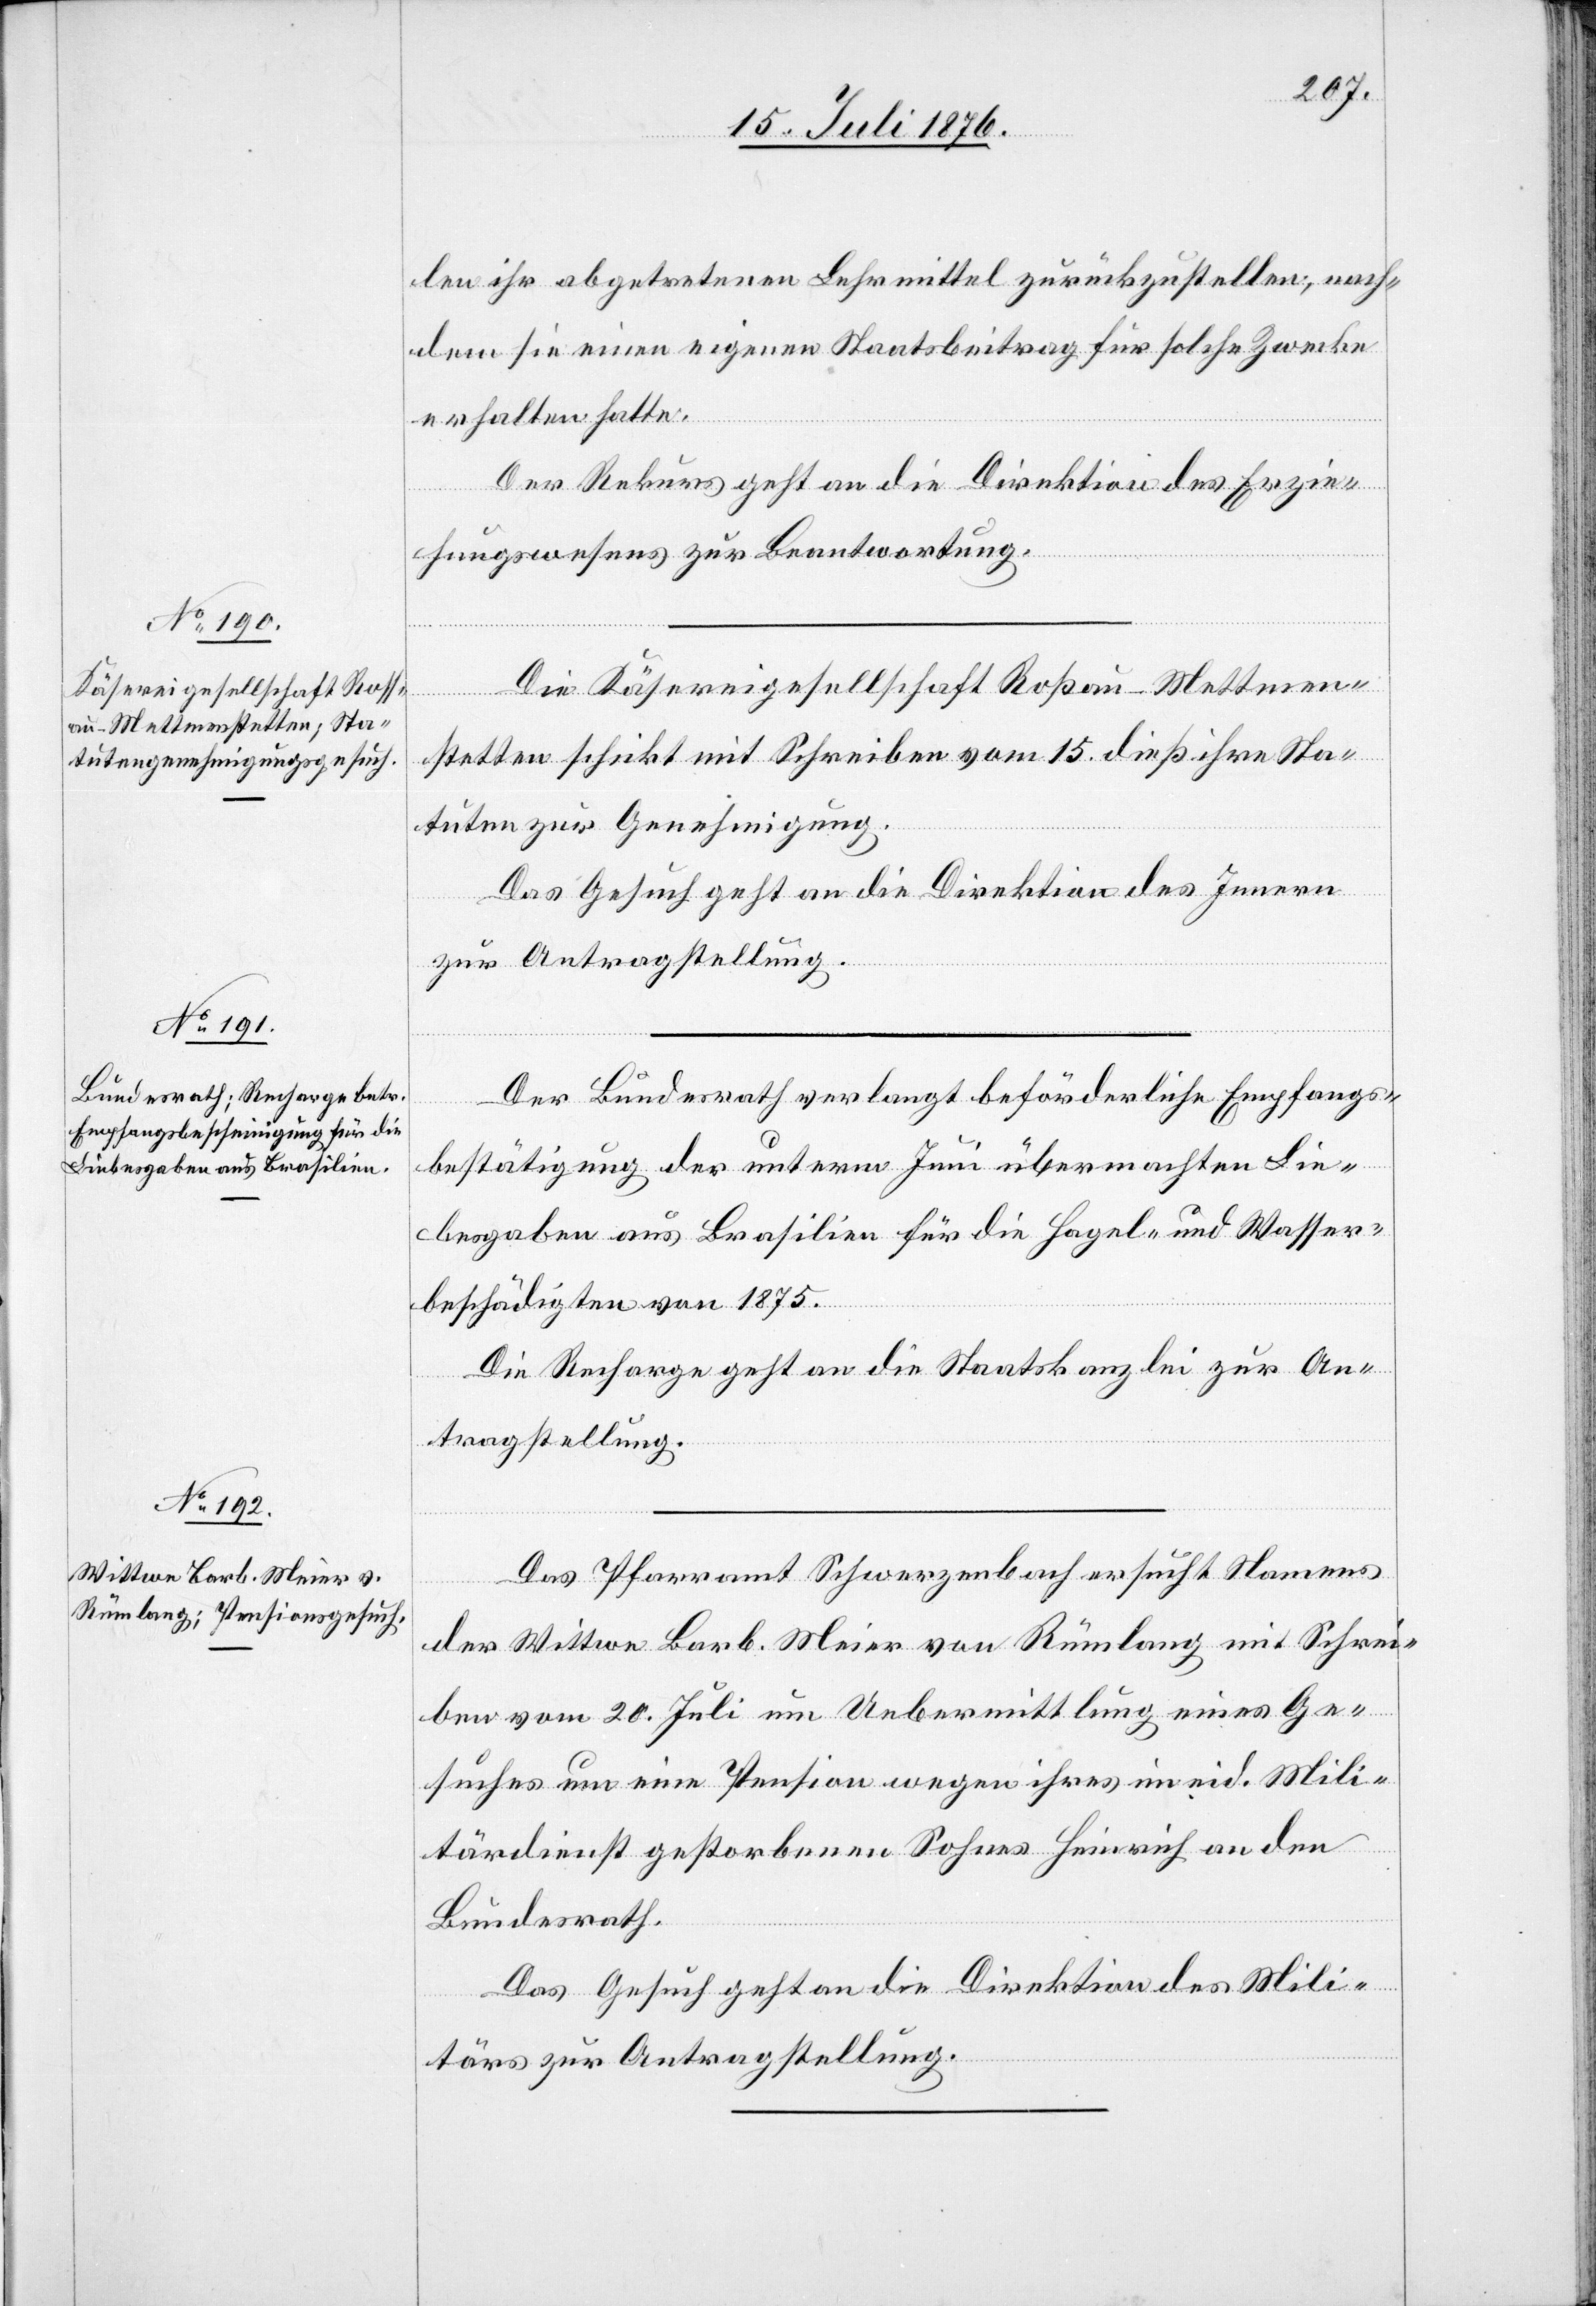
20. Juli 1876.]
len ihr angetretenen Lebensmittel zurückzustellen, nach¬
dem sie einen eigenen Staatsbeitrag für solche Zwecke
erhalten hatte.
Der Rekurs geht an die Direktion des Erzie¬
hungswesens zur Beantwortung.
Die Käsereigesellschaft Roßau - Mettmen¬
stetten schickt mit Schreiben vom 15. dieß ihre Sta¬
tuten zur Genehmigung.
Das Gesuch geht an die Direktion des Innern
zur Antragstellung.
Der Bundesrath verlangt beförderliche Empfangs¬
bestätigung der unterm Juni übermachten Lie¬
besgaben aus Brasilien für die Hagel- und Wasser¬
beschädigten von 1875.
Die Recharge geht an die Staatskanzlei zur An¬
tragstellung.
Das Pfarramt Schwarzenbach ersucht Namens
der Wittwe Barb. Meier von Rümlang mit Schrei¬
ben vom 20. Juli um Uebermittlung eines Ge¬
suches um eine Pension wegen ihres im eid. Mili¬
tärdienst gestorbenen Sohnes Heinrich an den
Bundesrath.
Das Gesuch geht an die Direktion des Mili¬
tärs zur Antragstellung.